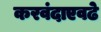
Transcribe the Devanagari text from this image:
करवंदाएवढे